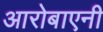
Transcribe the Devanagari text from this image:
आरोबाएनी